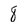
Character: 8